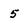
Character: 5